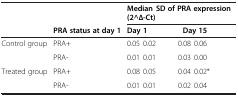
<table><thead><tr><td rowspan="2"></td><td></td><td colspan="2"><b>Median ± SD of PRA expression (2^∆-Ct)</b></td></tr><tr><td><b>PRA status at day 1</b></td><td><b>Day 1</b></td><td><b>Day 15</b></td></tr></thead><tbody><tr><td rowspan="2">Control group</td><td>PRA+</td><td>0.05 ± 0.02</td><td>0.08 ± 0.06</td></tr><tr><td>PRA-</td><td>0.01 ± 0.01</td><td>0.03 ± 0.00</td></tr><tr><td rowspan="2">Treated group</td><td>PRA+</td><td>0.08 ± 0.05</td><td>0.04 ± 0.02*</td></tr><tr><td>PRA-</td><td>0.01 ± 0.01</td><td>0.02 ± 0.04</td></tr></tbody></table>